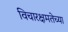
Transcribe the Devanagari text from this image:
विचारक्षमतेच्या